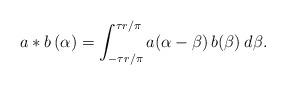
LaTeX: \begin{align*}a\ast b \, (\alpha) = \int_{-\tau r/\pi}^{\tau r/\pi}a(\alpha-\beta) \, b(\beta) \: d\beta .\end{align*}